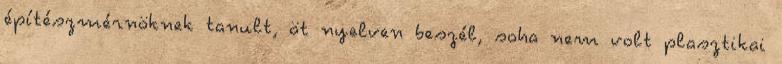
építészmérnöknek tanult, öt nyelven beszél, soha nem volt plasztikai